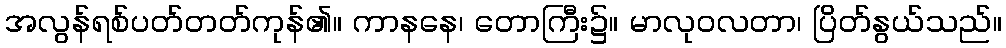
အလွန်ရစ်ပတ်တတ်ကုန်၏။ ကာနနေ၊ တောကြီး၌။ မာလုဝလတာ၊ ပြိတ်နွယ်သည်။